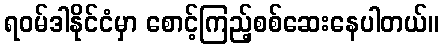
ရဝမ်ဒါနိုင်ငံမှာ စောင့်ကြည့်စစ်ဆေးနေပါတယ်။